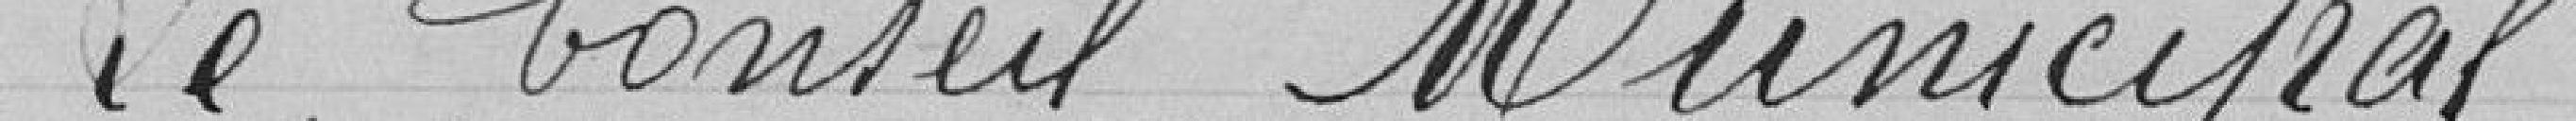
Le Conseil Municipal